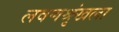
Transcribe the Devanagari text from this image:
लवणश्रृंखला